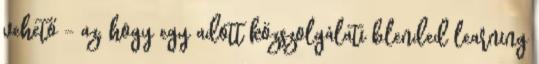
vehető - az, hogy egy adott közszolgálati blended learning